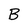
Character: B